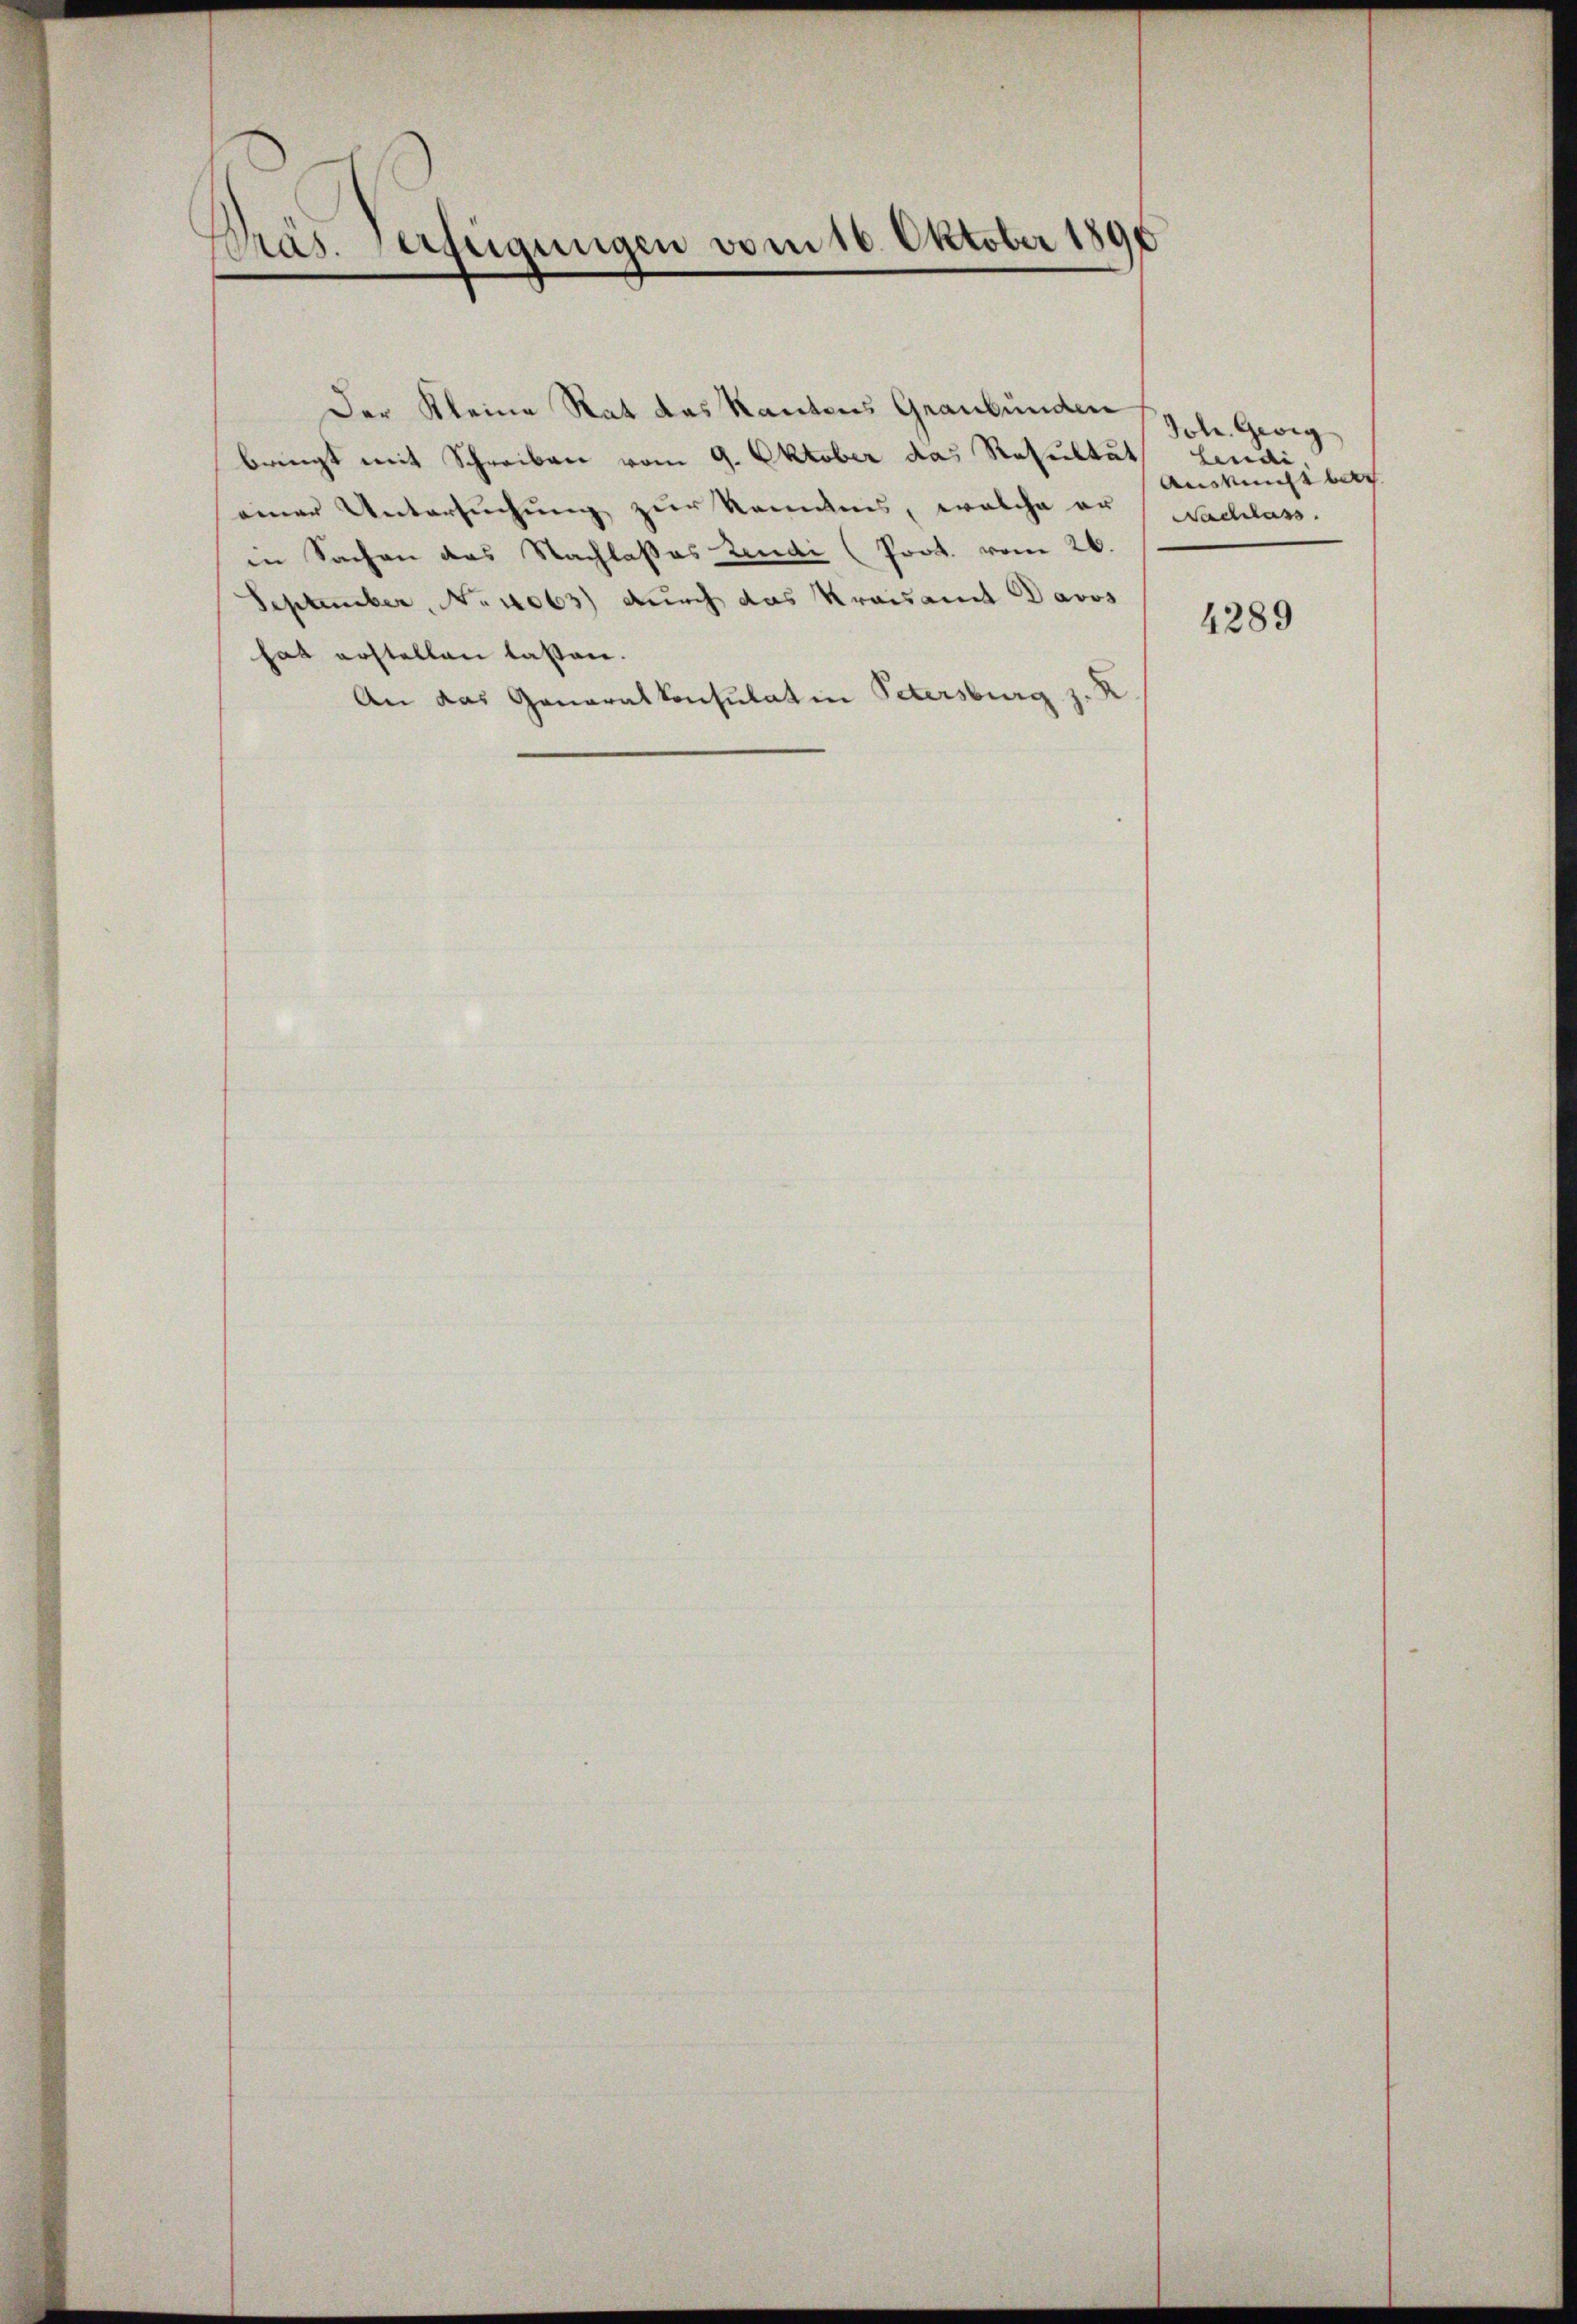
Pras. Verfügungen vom 16. Oktober 1890

Der Kleine Rat das Kantons Graubünden
bringt mit Schreiben vom 9. Oktober das Resultat
einer Untersuchung zur Romanis, welche er
in Sachen das Nachlasses Zende (Prot. vom 26.
September, No 1063) durch das Kreisamt Davos
hat erstellen lassen.
An das Generalkonsulatin Petersburg z. B

Jole. Geig
Lendi.
Auskunft betr.
Nachlass.

4289